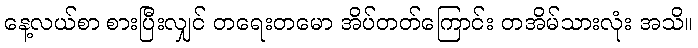
နေ့လယ်စာ စားပြီးလျှင် တရေးတမော အိပ်တတ်ကြောင်း တအိမ်သားလုံး အသိ။